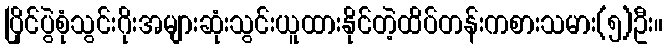
ပြိုင်ပွဲစုံသွင်းဂိုးအများဆုံးသွင်းယူထားနိုင်တဲ့ထိပ်တန်းကစားသမား(၅)ဦး။